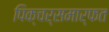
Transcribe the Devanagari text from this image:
पिक्चर्समार्फत